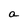
Character: a